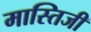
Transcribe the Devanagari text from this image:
मास्तिजी